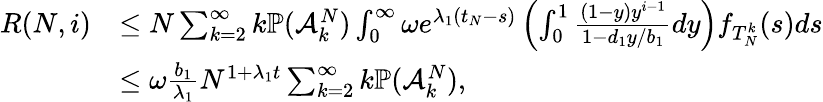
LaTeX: \begin{array}{rl}{R(N,i)}&{\leq N\sum_{k=2}^{\infty}k\mathbb{P}(\mathcal{A}_{k}^{N})\int_{0}^{\infty}\omega e^{\lambda_{1}(t_{N}-s)}\left(\int_{0}^{1}\frac{(1-y)y^{i-1}}{1-d_{1}y/b_{1}}dy\right)f_{T_{N}^{k}}(s)ds}\\ &{\leq\omega\frac{b_{1}}{\lambda_{1}}N^{1+\lambda_{1}t}\sum_{k=2}^{\infty}k\mathbb{P}(\mathcal{A}_{k}^{N}),}\end{array}